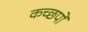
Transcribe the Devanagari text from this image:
कच्छपों